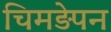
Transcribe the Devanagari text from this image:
चिमड़ेपन